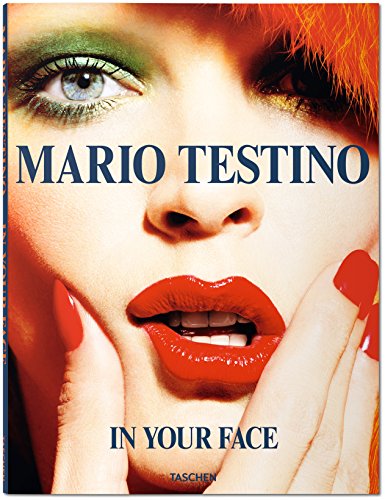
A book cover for Mario Testino: In Your Face; Mario Testino; Humor & Entertainment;